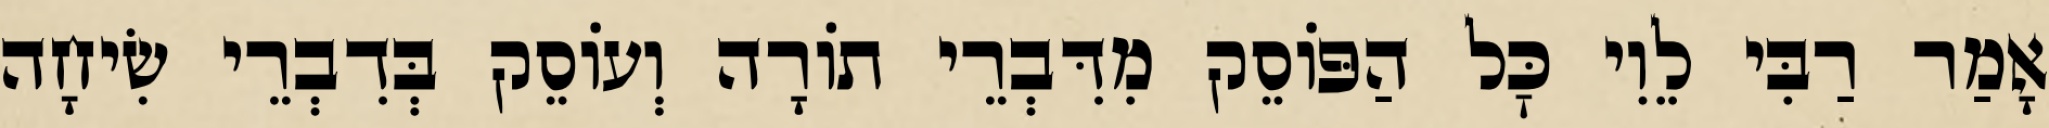
אָמַר רַבִּי לֵוִי כׇּל הַפּוֹסֵק מִדִּבְרֵי תוֹרָה וְעוֹסֵק בְּדִבְרֵי שִׂיחָה